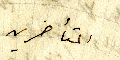
المتأخرين